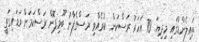
ތައިލެންޑުގައި މިދިޔަ 70 އަހަރު ރަސްކަން ކުރެއްވި ރަސްގެފާނު ބޫމިޕޮން ރަސްކަމަށް ވަޑައިގަތީ